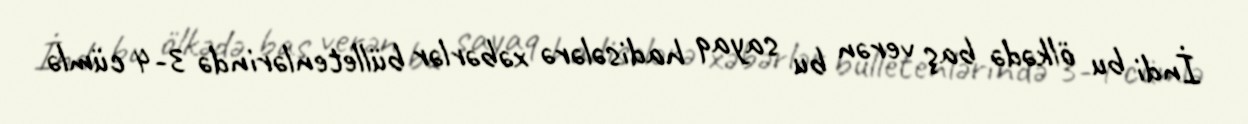
İndi bu ölkədə baş verən bu sayaq hadisələrə xəbərlər bülletenlərində 3-4 cümlə